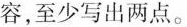
容,至少写出两点。